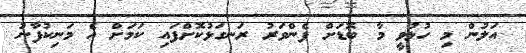
އަލުން މި ހުޅުވީ މާ ބޮޑަށް ފެންވަރު ރަނގަޅުކޮށްފައި ކަމަށް އެ މަނިކުފާނު